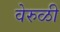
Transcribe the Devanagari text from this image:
वेरुळी